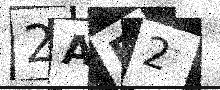
Text: 2AP2